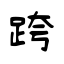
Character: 跨